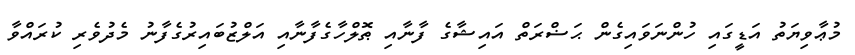
މުޢާވިޔަތު އަޑީގައި ހުންނަވައިގެން ޙަޟްރަތް އައިޝާގެ ފާނާއި ޠޮލްހާގެފާނާއި އަލްޒުބައިރުގެފާނު މެދުވެރި ކުރައްވާ